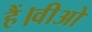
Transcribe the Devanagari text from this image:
हैं।वीओ